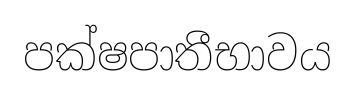
පක්ෂපාතීභාවය